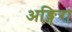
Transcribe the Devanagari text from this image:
अङ्गिरा